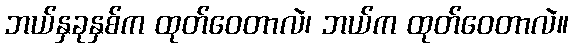
ဘယ်နှခုနှစ်က ထုတ်ဝေတာလဲ၊ ဘယ်က ထုတ်ဝေတာလဲ။